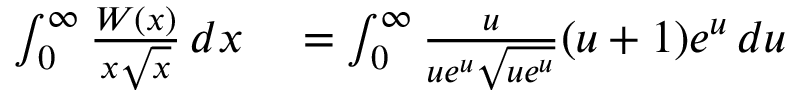
\begin{array} { r l r l } { \int _ { 0 } ^ { \infty } { \frac { W ( x ) } { x { \sqrt { x } } } } \, d x } & { { } = \int _ { 0 } ^ { \infty } { \frac { u } { u e ^ { u } { \sqrt { u e ^ { u } } } } } ( u + 1 ) e ^ { u } \, d u } \end{array}